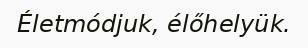
Életmódjuk, élőhelyük.